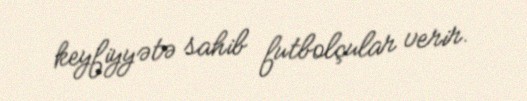
keyfiyyətə sahib futbolçular verir.